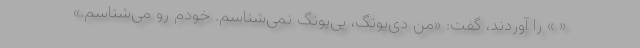
« » را آوردند، گفت: «من دی‌یونگ، پی‌یونگ نمی‌شناسم. خودم رو می‌شناسم.»